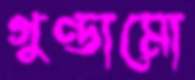
গুণ্ডামো